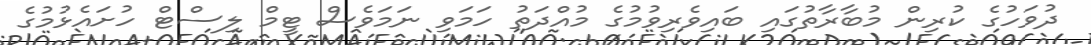
ދުވަހުގެ ކުރިން މުބާރާތުގައި ބައިވެރިވުމުގެ މުއްދަތު ހަމަވި ނަމަވެސް ޓީމް ލިސްޓް ހުށައެޅުމުގެ